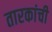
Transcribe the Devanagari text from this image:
तारकांची